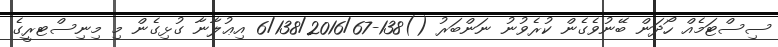
ސިސްޓަމެއް ހޯދަން ބޭނުވެގެން ކުރެވުނު ނަންބަރު ()138-6/138/2016/67 އިޢުލާނާ ގުޅިގެން މި މިނިސްޓރީގެ